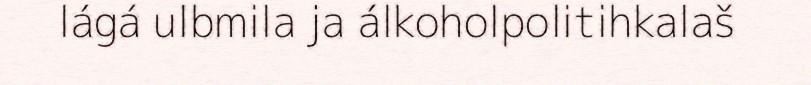
lágá ulbmila ja álkoholpolitihkalaš